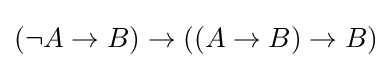
(\neg A\to B)\to ((A\to B)\to B)